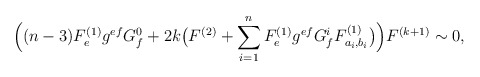
\begin{align*}\Big((n-3)F_{ e}^{(1)}g^{ef}G_f^0+2k\big(F^{(2)}+\sum_{i=1}^{n}F_{ e}^{(1)}g^{ef}G_f^iF^{(1)}_{a_i,b_i}\big)\Big)F^{(k+1)}\sim 0,\end{align*}